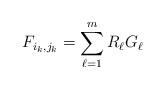
LaTeX: \begin{align*}F_{{i_k,j_k}}=\sum_{\ell=1}^m R_\ell G_\ell\end{align*}